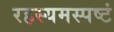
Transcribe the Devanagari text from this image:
रहस्यमस्पष्टं